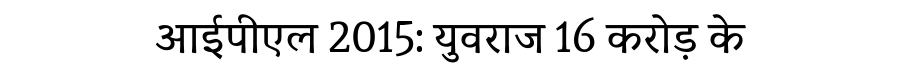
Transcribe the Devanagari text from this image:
आईपीएल 2015: युवराज 16 करोड़ के